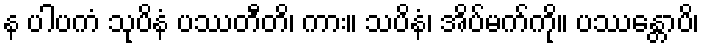
န ပါပကံ သုပိနံ ပဿတီတိ၊ ကား။ သပိနံ၊ အိပ်မက်ကို။ ပဿန္တောပိ၊